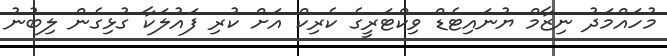
މުހައްމަދު ނިޒާމް ޔުނައިޓެޑް ވިކްޓަރީގެ ކެރިކް އަށް ކުރި ފައުލަކާ ގުޅިގެން ލިބުނު